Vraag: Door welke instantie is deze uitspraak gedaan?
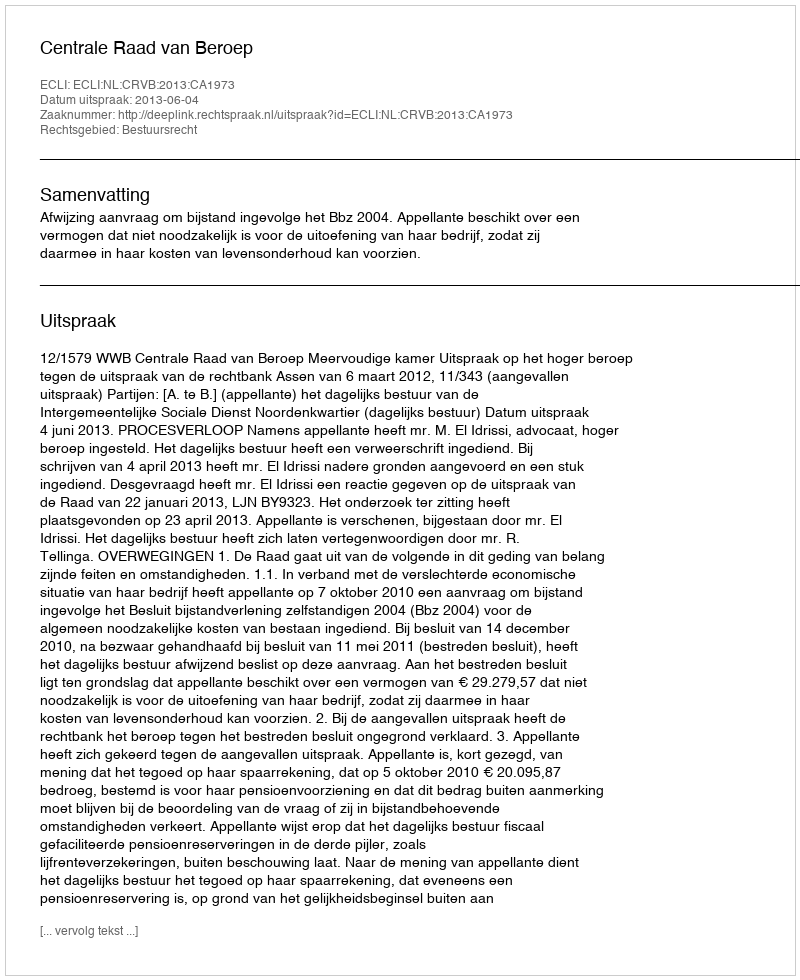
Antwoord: Centrale Raad van Beroep